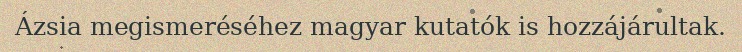
Ázsia megismeréséhez magyar kutatók is hozzájárultak.